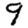
Digit: 9